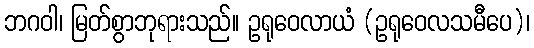
ဘဂဝါ၊ မြတ်စွာဘုရားသည်။ ဥရုဝေလာယံ (ဥရုဝေလသမီပေ)၊